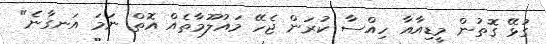
ގުޅޭ ގޮތުން މީޑިއާއާ ހިއްސާ ކުރަން ޖެހޭ މައުލޫމާތެއް އޮތް ނަމަ އަނގާނެ"